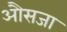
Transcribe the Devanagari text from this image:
औसजा